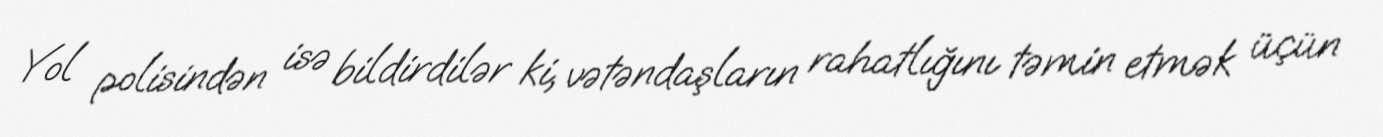
Yol polisindən isə bildirdilər ki, vətəndaşların rahatlığını təmin etmək üçün